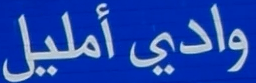
واديًأمليل